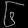
Digit: ၆